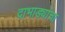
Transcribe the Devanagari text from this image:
दाभाड्यांचा